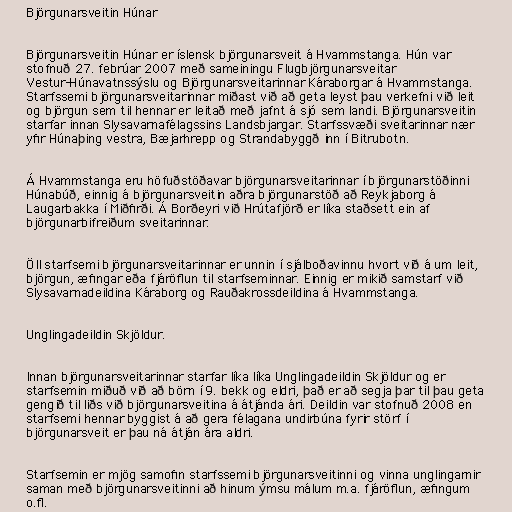
Björgunarsveitin Húnar

Björgunarsveitin Húnar er íslensk björgunarsveit á Hvammstanga. Hún var
stofnuð 27. febrúar 2007 með sameiningu Flugbjörgunarsveitar
Vestur-Húnavatnssýslu og Björgunarsveitarinnar Káraborgar á Hvammstanga.
Starfssemi björgunarsveitarinnar miðast við að geta leyst þau verkefni við leit
og björgun sem til hennar er leitað með jafnt á sjó sem landi. Björgunarsveitin
starfar innan Slysavarnafélagssins Landsbjargar. Starfssvæði sveitarinnar nær
yfir Húnaþing vestra, Bæjarhrepp og Strandabyggð inn í Bitrubotn.

Á Hvammstanga eru höfuðstöðavar björgunarsveitarinnar í björgunarstöðinni
Húnabúð, einnig á björgunarsveitin aðra björgunarstöð að Reykjaborg á
Laugarbakka í Miðfirði. Á Borðeyri við Hrútafjörð er líka staðsett ein af
björgunarbifreiðum sveitarinnar.

Öll starfsemi björgunarsveitarinnar er unnin í sjálboðavinnu hvort við á um leit,
björgun, æfingar eða fjáröflun til starfseminnar. Einnig er mikið samstarf við
Slysavarnadeildina Káraborg og Rauðakrossdeildina á Hvammstanga.

Unglingadeildin Skjöldur.

Innan björgunarsveitarinnar starfar líka líka Unglingadeildin Skjöldur og er
starfsemin miðuð við að börn í 9. bekk og eldri, það er að segja þar til þau geta
gengið til liðs við björgunarsveitina á átjánda ári. Deildin var stofnuð 2008 en
starfsemi hennar byggist á að gera félagana undirbúna fyrir störf í
björgunarsveit er þau ná átján ára aldri.

Starfsemin er mjög samofin starfssemi björgunarsveitinni og vinna unglingarnir
saman með björgunarsveitinni að hinum ýmsu málum m.a. fjáröflun, æfingum
o.fl.